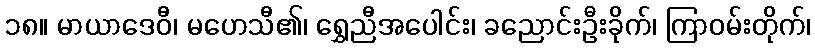
၁၈။ မာယာဒေဝီ၊ မဟေသီ၏၊ ရွှေညီအပေါင်း၊ ခညောင်းဦးခိုက်၊ ကြာဝမ်းတိုက်၊